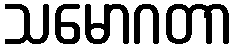
သမောဂတာ